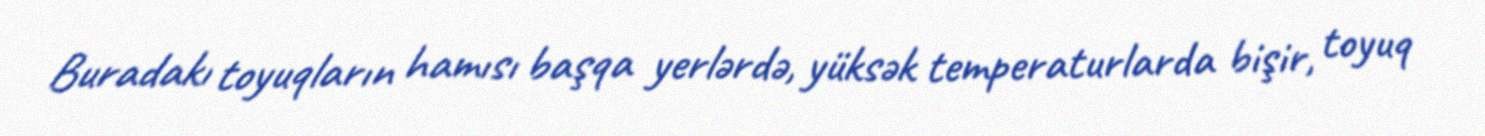
Buradakı toyuqların hamısı başqa yerlərdə, yüksək temperaturlarda bişir, toyuq